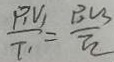
\frac { P _ { 1 } V _ { 1 } } { T _ { 1 } } = \frac { P _ { 2 } V _ { 2 } } { T _ { 2 } }